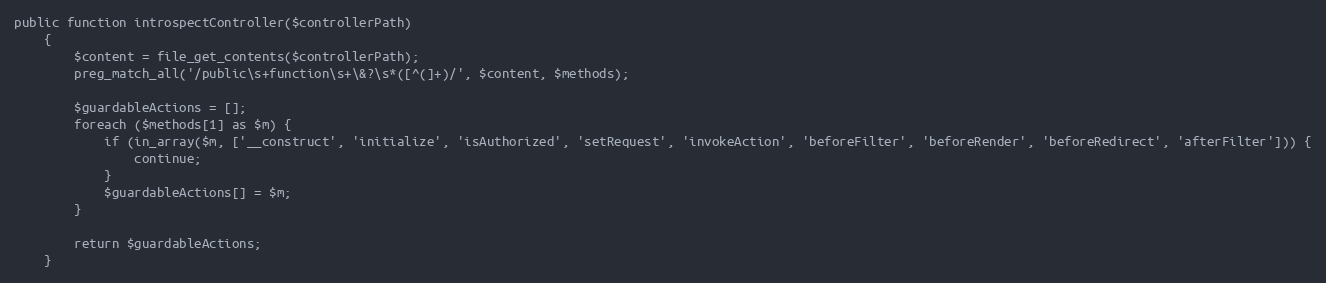
Language: PHP
public function introspectController($controllerPath)
    {
        $content = file_get_contents($controllerPath);
        preg_match_all('/public\s+function\s+\&?\s*([^(]+)/', $content, $methods);

        $guardableActions = [];
        foreach ($methods[1] as $m) {
            if (in_array($m, ['__construct', 'initialize', 'isAuthorized', 'setRequest', 'invokeAction', 'beforeFilter', 'beforeRender', 'beforeRedirect', 'afterFilter'])) {
                continue;
            }
            $guardableActions[] = $m;
        }

        return $guardableActions;
    }